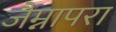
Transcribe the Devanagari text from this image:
जैम्नापरा